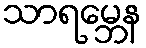
သာရမ္ဘေန